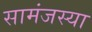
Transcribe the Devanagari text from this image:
सामंजस्या